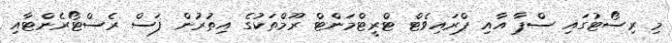
މި ރިސޯޓުގައި ސްޕާ އާއި ޕްރައިވެޓް ޓްރީޓްމަންޓް ރޫމްތަކުގެ އިތުރުން ފަސް ރެސްޓޯރެންޓާއި